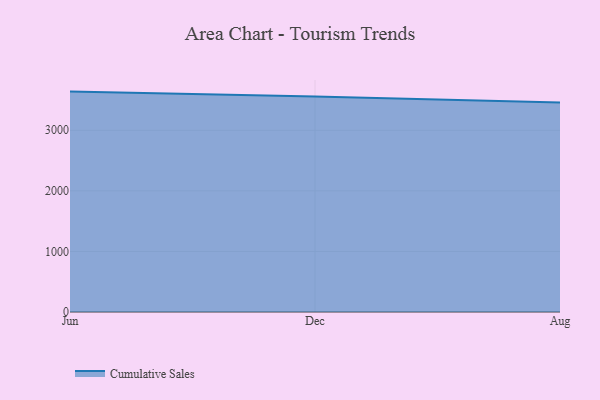
{"axis": {"x": "Month", "y": "Tickets Resolved"}, "legend": ["Cumulative Sales"], "data": [{"x": "Jun", "y": 3638.5, "type": "Cumulative Sales"}, {"x": "Dec", "y": 3556.2, "type": "Cumulative Sales"}, {"x": "Aug", "y": 3456.7, "type": "Cumulative Sales"}]}